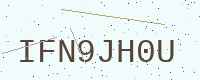
Text: IFN9JH0U